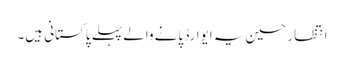
انتظار حسین یہ ایوارڈ پانے والے پہلے پاکستانی ہیں۔